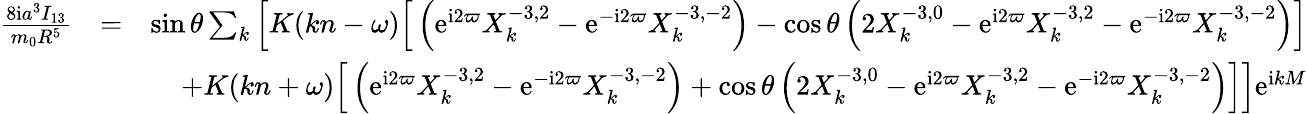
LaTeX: \begin{array}{rlr}{\frac{8\mathrm{i}a^{3}I_{13}}{m_{0}R^{5}}}&{=}&{\sin\theta\sum_{k}\Big[K(kn-\omega)\Big[\left(\mathrm{e}^{\mathrm{i}2\varpi}X_{k}^{-3,2}-\mathrm{e}^{-\mathrm{i}2\varpi}X_{k}^{-3,-2}\right)-\cos\theta\left(2X_{k}^{-3,0}-\mathrm{e}^{\mathrm{i}2\varpi}X_{k}^{-3,2}-\mathrm{e}^{-\mathrm{i}2\varpi}X_{k}^{-3,-2}\right)\Big]}\\ &{}&{+K(kn+\omega)\Big[\left(\mathrm{e}^{\mathrm{i}2\varpi}X_{k}^{-3,2}-\mathrm{e}^{-\mathrm{i}2\varpi}X_{k}^{-3,-2}\right)+\cos\theta\left(2X_{k}^{-3,0}-\mathrm{e}^{\mathrm{i}2\varpi}X_{k}^{-3,2}-\mathrm{e}^{-\mathrm{i}2\varpi}X_{k}^{-3,-2}\right)\Big]\Big]\mathrm{e}^{\mathrm{i}kM}}\end{array}